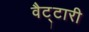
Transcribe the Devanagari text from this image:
वैट्टारी